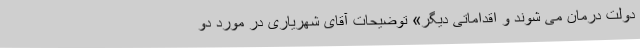
دولت درمان می شوند و اقداماتی دیگر» توضیحات آقای شهریاری در مورد دو